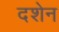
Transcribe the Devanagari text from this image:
दशेन